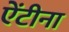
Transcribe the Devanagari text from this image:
ऐंटीना